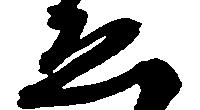
ゑ